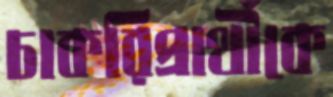
চাকরিপ্রার্থীকে